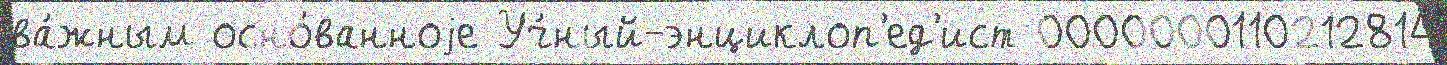
ва́жным осно́ванноjе Уч́ный-энциклоп'ед'ист 0000000110212814